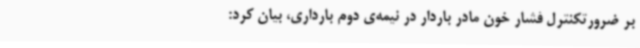
بر ضرورتکنترل فشار خون مادر باردار در نیمه‌ی دوم بارداری، بیان کرد: